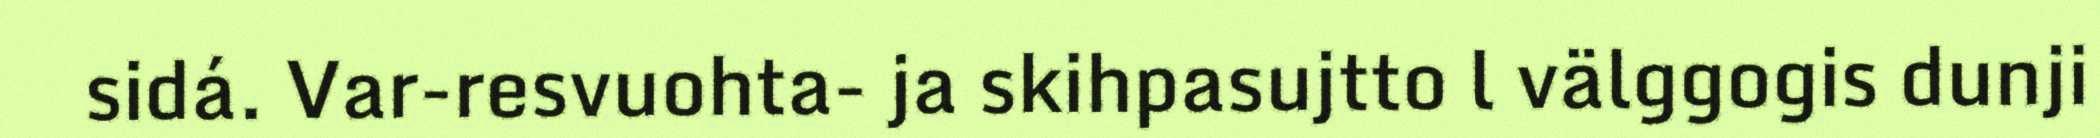
sidá. Var-resvuohta- ja skihpasujtto l välggogis dunji